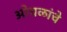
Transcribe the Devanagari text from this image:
ओघळांचे